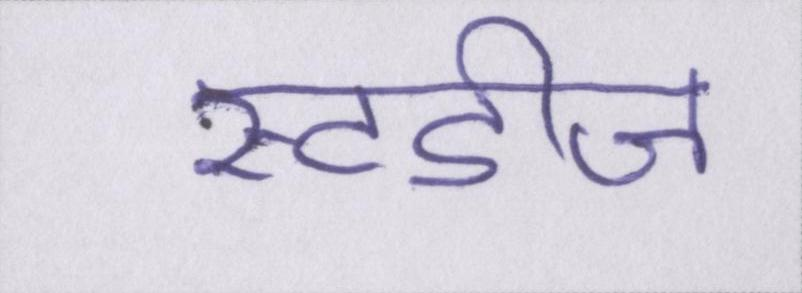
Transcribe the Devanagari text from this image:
स्टडीज